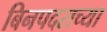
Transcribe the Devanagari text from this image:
बिनपदराच्या